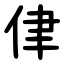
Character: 侓